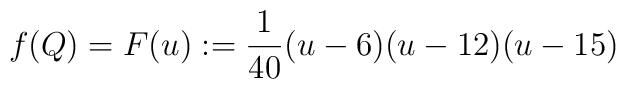
f(Q)=F(u):= \frac{1}{40} (u-6)(u-12)(u-15)